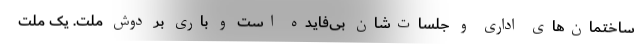
ساختمان‌های اداری و جلسات‌شان بی‌فایده است و باری بر دوش ملت. یک ملت